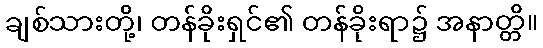
ချစ်သားတို့၊ တန်ခိုးရှင်၏ တန်ခိုးရာ၌ အနာတ္တိ။